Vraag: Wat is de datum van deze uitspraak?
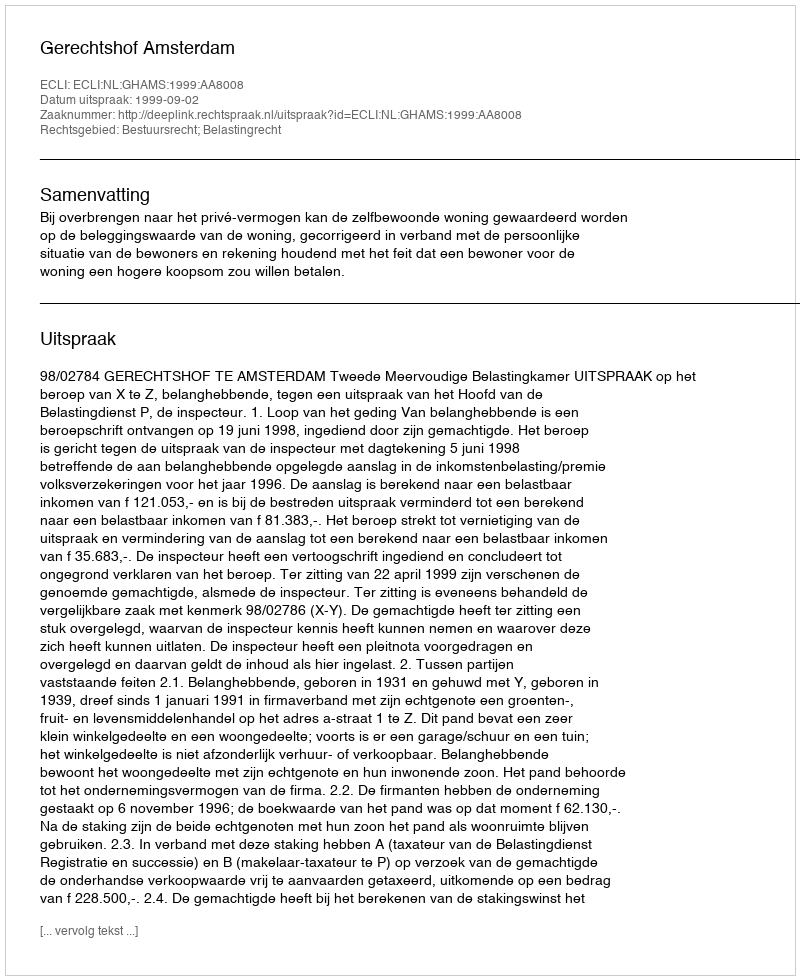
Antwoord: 1999-09-02